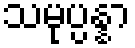
သမုပ္ပန္နာ